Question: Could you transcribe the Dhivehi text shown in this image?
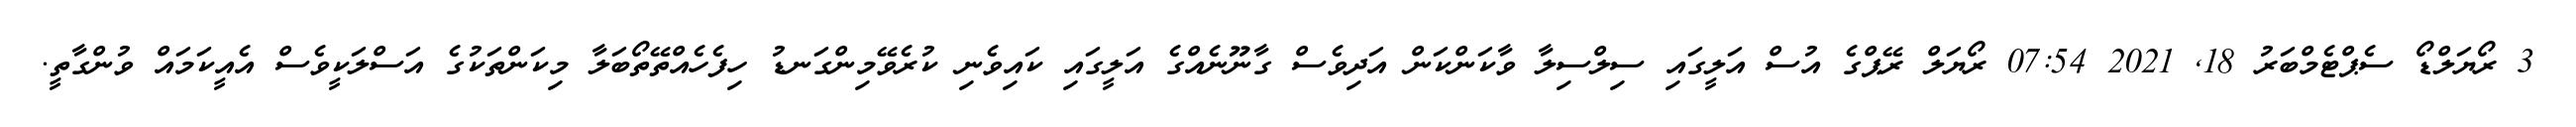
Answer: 3 ރޯޔަލްޑޯ ސެޕްޓެމްބަރު 18, 2021 07:54 ރޯޔަލް ރޭޕްގެ އުސް އަލީގައި ސިލްސިލާ ވާކަންކަން އަދިވެސް ގާނޫނެއްގެ އަލީގައި ކައިވެނި ކުރެވޭމިންގަނޑު ހިފެހެއްތޭތޯބަލާ މިކަންތަކުގެ އަސްލަކީވެސް އެއީކަމައް ވުންގާތީ.